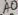
Text: A0